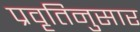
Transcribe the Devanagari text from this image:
प्रवृतिनुसार